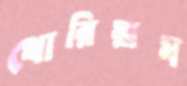
থোরিয়াম